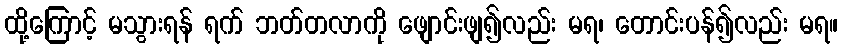
ထို့ကြောင့် မသွားရန် ရက် ဘတ်တလာကို ဖျောင်းဖျ၍လည်း မရ၊ တောင်းပန်၍လည်း မရ။